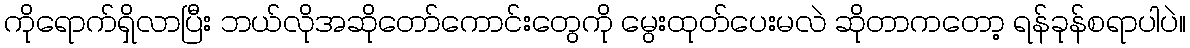
ကိုရောက်ရှိလာပြီး ဘယ်လိုအဆိုတော်ကောင်းတွေကို မွေးထုတ်ပေးမလဲ ဆိုတာကတော့ ရန်ခုန်စရာပါပဲ။